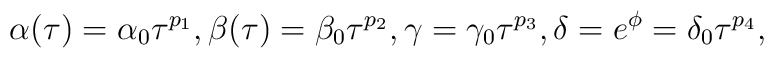
\alpha(\tau) = \alpha_0 \tau^{p_1},  \beta(\tau) = \beta_0 \tau^{p_2},\gamma = \gamma_0 \tau^{p_3}, \delta = e^{\phi} = \delta_0\tau^{p_4},